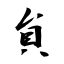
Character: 貟